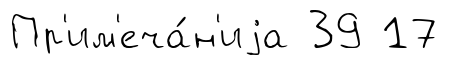
Пр'им'еча́н'иjа 39 17